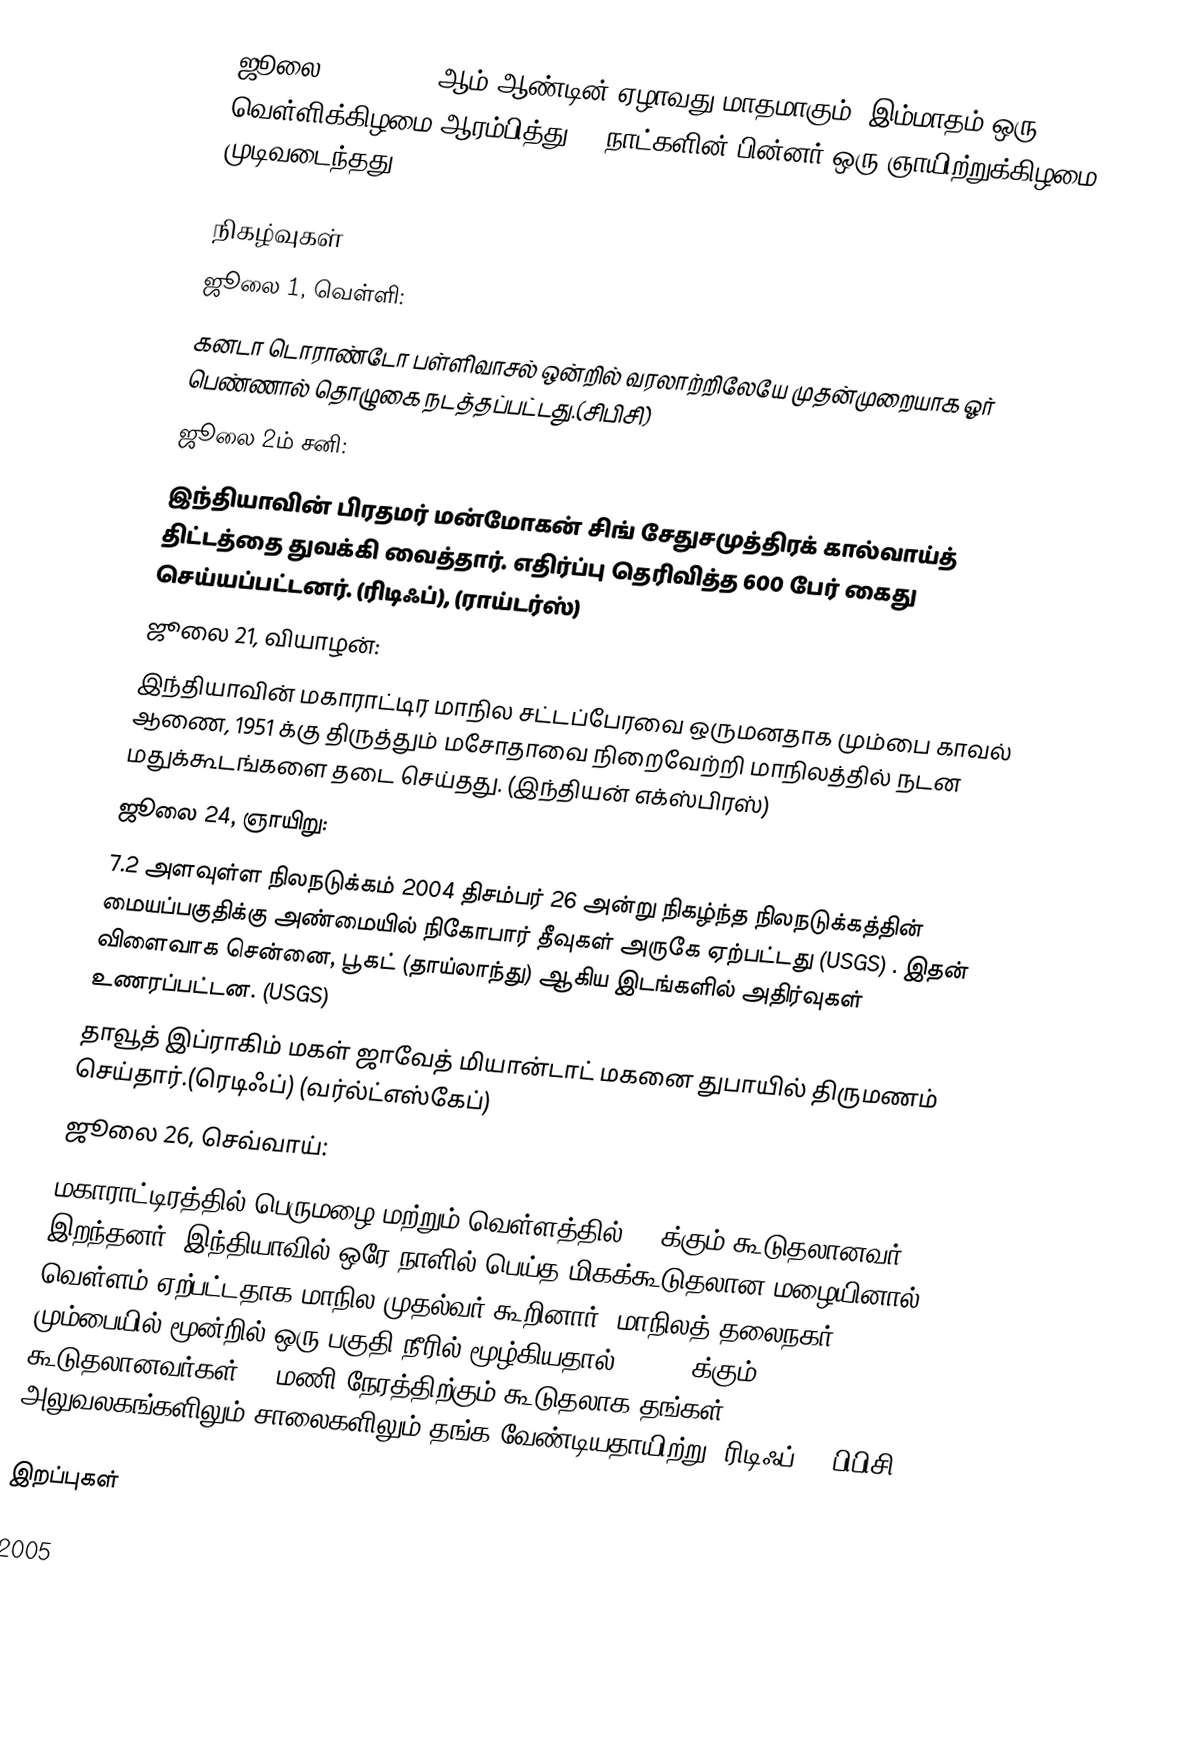
ஜூலை 2005, 2005 ஆம் ஆண்டின் ஏழாவது மாதமாகும். இம்மாதம் ஒரு வெள்ளிக்கிழமை ஆரம்பித்து 31 நாட்களின் பின்னர் ஒரு ஞாயிற்றுக்கிழமை முடிவடைந்தது.

நிகழ்வுகள்
 ஜூலை 1, வெள்ளி:
கனடா டொராண்டோ பள்ளிவாசல் ஒன்றில் வரலாற்றிலேயே முதன்முறையாக ஓர் பெண்ணால் தொழுகை நடத்தப்பட்டது.(சிபிசி)
ஜூலை 2ம் சனி:
இந்தியாவின் பிரதமர் மன்மோகன் சிங் சேதுசமுத்திரக் கால்வாய்த் திட்டத்தை துவக்கி வைத்தார். எதிர்ப்பு தெரிவித்த 600 பேர் கைது செய்யப்பட்டனர். (ரிடிஃப்), (ராய்டர்ஸ்)
ஜூலை 21, வியாழன்:
இந்தியாவின் மகாராட்டிர மாநில சட்டப்பேரவை ஒருமனதாக மும்பை காவல் ஆணை, 1951 க்கு திருத்தும் மசோதாவை நிறைவேற்றி மாநிலத்தில் நடன மதுக்கூடங்களை தடை செய்தது. (இந்தியன் எக்ஸ்பிரஸ்)
ஜூலை 24, ஞாயிறு:
7.2 அளவுள்ள நிலநடுக்கம் 2004 திசம்பர் 26 அன்று நிகழ்ந்த நிலநடுக்கத்தின் மையப்பகுதிக்கு அண்மையில் நிகோபார் தீவுகள் அருகே ஏற்பட்டது (USGS) . இதன் விளைவாக சென்னை, பூகட் (தாய்லாந்து) ஆகிய இடங்களில் அதிர்வுகள் உணரப்பட்டன. (USGS)
தாவூத் இப்ராகிம் மகள் ஜாவேத் மியான்டாட் மகனை துபாயில் திருமணம் செய்தார்.(ரெடிஃப்) (வர்ல்ட்எஸ்கேப்)
ஜூலை 26, செவ்வாய்:
மகாராட்டிரத்தில் பெருமழை மற்றும் வெள்ளத்தில் 200க்கும் கூடுதலானவர் இறந்தனர். இந்தியாவில் ஒரே நாளில் பெய்த மிகக்கூடுதலான மழையினால் வெள்ளம் ஏற்பட்டதாக மாநில முதல்வர் கூறினார். மாநிலத் தலைநகர் மும்பையில் மூன்றில் ஒரு பகுதி நீரில் மூழ்கியதால் 200,000க்கும் கூடுதலானவர்கள் 24 மணி நேரத்திற்கும் கூடுதலாக தங்கள் அலுவலகங்களிலும் சாலைகளிலும் தங்க வேண்டியதாயிற்று.(ரிடிஃப்), (பிபிசி)

இறப்புகள்

2005